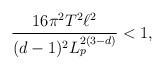
\begin{align*}\frac{16 \pi^2 T^2 \ell^2}{(d-1)^2 L_p^{2(3-d)}} < 1,\end{align*}